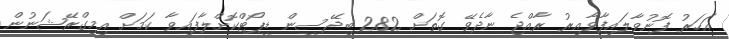
އަހަރު ފޮނުވާލައިފާވާއިރު ރާއްޖެ ނާދެވޭ ގޮތަށް 282 ބިދޭސީން ޑީޕޯޓްކޮށްލާފައިވާ ކަމަށް އިމިގްރޭޝަނުން